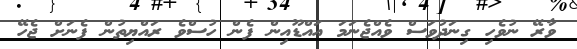
ވާރޭ ނުވެހި ގިނަދުވަސް ވެއްޖެނަމަ އައްޑޫއިން ފެން ހުސްވެ ރައްޔިތުން ފެނަށް ޖެހޭ